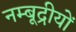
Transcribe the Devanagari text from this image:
नम्बूद्रीयों